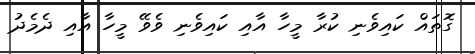
ގޮތައް ކައިވެނި ކުރާ މީހާ އާއި ކައިވެނި ވެވޭ މީހާ އާއި ދެމެދު